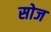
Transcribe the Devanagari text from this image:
सोज